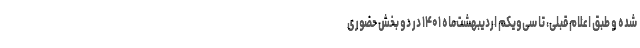
شده و طبق اعلام قبلی، تا سی‌ویکم اردیبهشت‌ماه ۱۴۰۱ در دو بخش حضوری